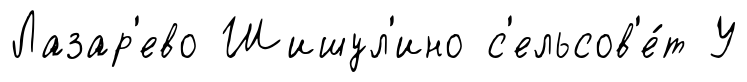
Лазар'ево Шишул'ино с'ельсов'е́т У